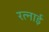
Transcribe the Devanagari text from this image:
रत्नाई